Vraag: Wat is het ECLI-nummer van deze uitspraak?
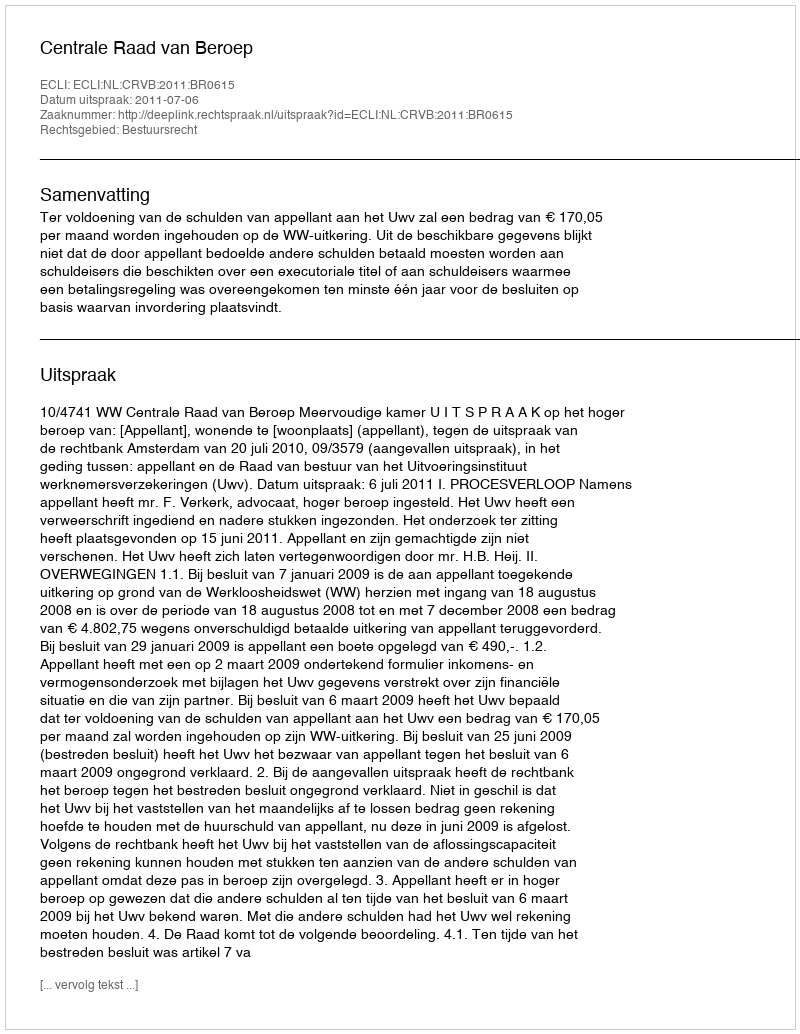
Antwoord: ECLI:NL:CRVB:2011:BR0615